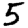
Digit: 5